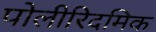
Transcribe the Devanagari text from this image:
पोलीरिदमिक